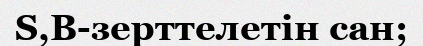
S,B-зерттелетін сан;